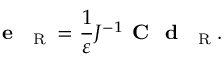
\textbf { e } _ { \mathrm { ~ \tiny ~ R ~ } } = \frac { 1 } { \varepsilon } J ^ { - 1 } \textbf { C } \textbf { d } _ { \mathrm { ~ \tiny ~ R ~ } } .